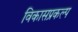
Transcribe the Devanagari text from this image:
विकासप्रकल्प